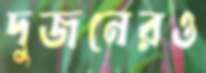
দুজনেরও